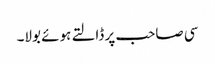
سی صاحب پر ڈالتے ہوئے بولا۔